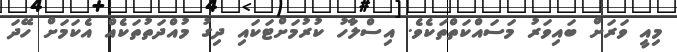
މިއީ ވަރަށް ބައިވަރު މަސައްކަތްތަކެވެ. އިސްލާހު ކުރުމަށްޓަކައި ދިގު މުއްދަތުތަކެއް އެކަމަށް ހޭދަ